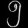
Digit: ၅